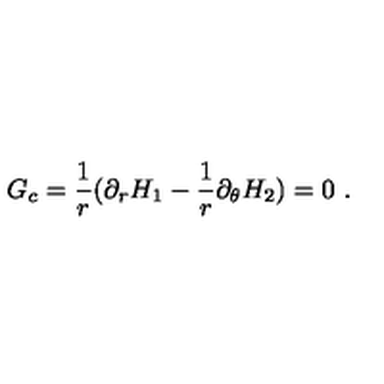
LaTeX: G _ { c } = \frac { 1 } { r } ( \partial _ { r } H _ { 1 } - \frac { 1 } { r } \partial _ { \theta } H _ { 2 } ) = 0 \ .